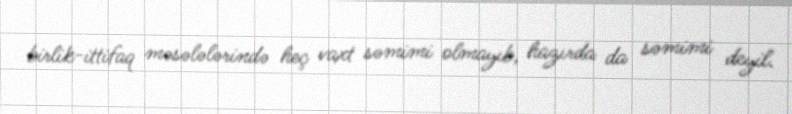
birlik-ittifaq məsələlərində heç vaxt səmimi olmayıb, hazırda da səmimi deyil.